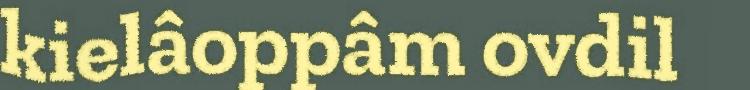
kielâoppâm ovdil